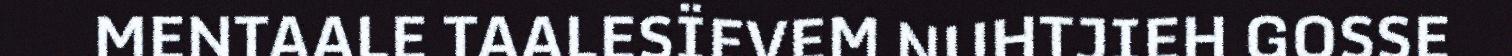
MENTAALE TAALESÏEVEM NUHTJIEH GOSSE